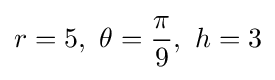
r=5,\ \theta ={\pi  \over 9},\ h=3